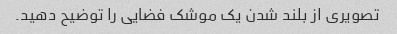
تصویری از بلند شدن یک موشک فضایی را توضیح دهید.